Assam Mental Hospital (Tezpur, India) - 1933-1948
Year: 1933
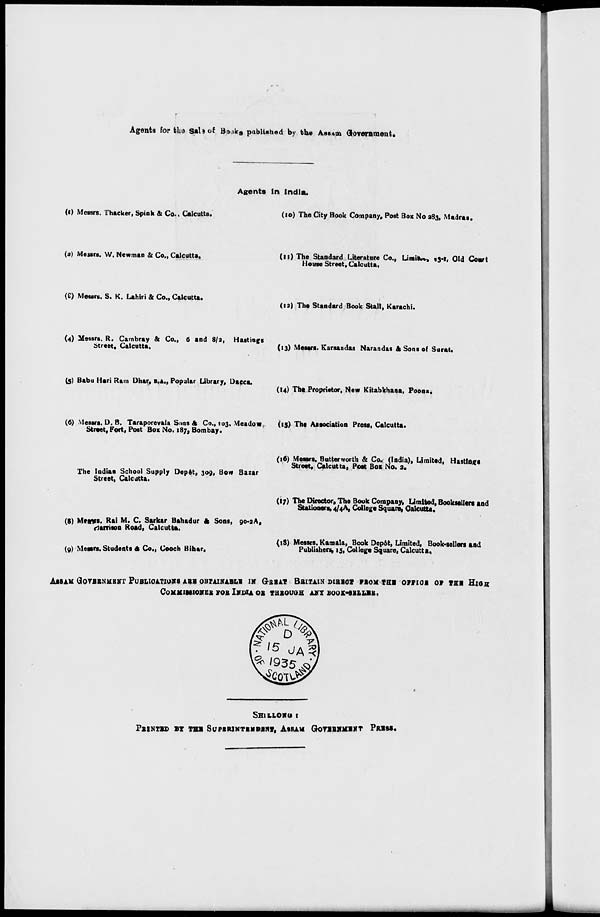
Agents for fcl>a sab<.£ Boak 8 published by the Ass*m Government.
Agents In India.
(I) Messrs. Thicker, Spink & Co.. Calcutta.
(10) The City Book Company, Post Box No 383, Madras.
(a) Messrs. W. Newman & Co., Calcutta.
(11) The Standard Literature Co., Limit**, 13*1, Old Cosvt
House Street, Calcutta,
(£) Messrs. S. K. Lahiri & Co., Calcutta.
(ia) The Standard Book Stall, Karachi.
(4) Messrs. R. Cambray & Co., 6 and 8/2, Hastings
Street, Calcutta.
(13) Messrs. Karsandas Narandas & Sons of Surat.
(5) Babu Hari Ram Dhar, B.A., Popular Library, Dacca.
(14) The Proprietor, New Kitabkhana, Poona.
(6) Messrs. D. B. Taraporevala Sons & Co., 103, Meadow,
(15) The Association Press, Calcutta.
Street, Fort, Post Box No. 187, Bombay.
The Indian School Supply Depot, 309, Bow Bazar
Street, Calcutta.
(16) Messrs. Butterworth & Co. (India), Limited, Hastings
Street, Calcutta, Post Box No. a.
(8) M»«yt. Rai M. C. Sarkar Bahadur A Sons, 90-3A,
rfarrison Road, Calcutta.
(9) Messrs. Students 6 Co., Cooch Bihar,
(17) The Director, The Book Company, Limited, Bookseller* and
Stationers, 4/4A, College Square, Calcutta.
(iS) Messrs. Kamala, Book Depot, Limited, Book-sellers and
Publishers, 15, College Square, Calcutta,
AaSAM GOVBBNMBNT PUBLICATION ABB OBTAINABLE IK (xBBAT BaiTAlN DIBBO* PBOM THB OMI0B OF THE HlOa
COKKIUIOVEB FOB IXDU OB IHBOUGH ANY BOOK-SBLLlB.
SHI LLOWU t
PBIHTJD BT THB SuPBRlNTIMDBHT, ASSAM GrOTlBKKBKT PRISE.